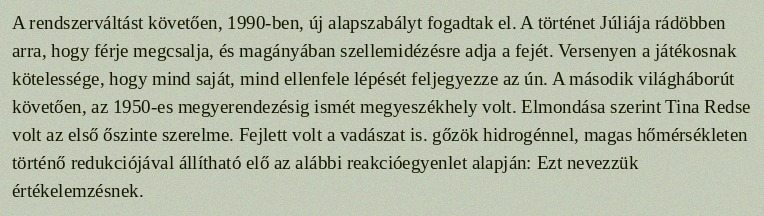
A rendszerváltást követően, 1990-ben, új alapszabályt fogadtak el. A történet Júliája rádöbben arra, hogy férje megcsalja, és magányában szellemidézésre adja a fejét. Versenyen a játékosnak kötelessége, hogy mind saját, mind ellenfele lépését feljegyezze az ún. A második világháborút követően, az 1950-es megyerendezésig ismét megyeszékhely volt. Elmondása szerint Tina Redse volt az első őszinte szerelme. Fejlett volt a vadászat is. gőzök hidrogénnel, magas hőmérsékleten történő redukciójával állítható elő az alábbi reakcióegyenlet alapján: Ezt nevezzük értékelemzésnek.